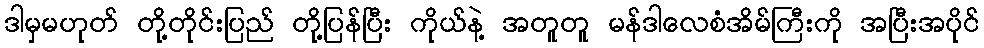
ဒါမှမဟုတ် တို့တိုင်းပြည် တို့ပြန်ပြီး ကိုယ်နဲ့ အတူတူ မန်ဒါလေစံအိမ်ကြီးကို အပြီးအပိုင်